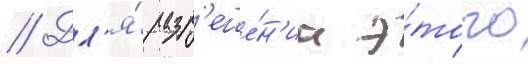
// Дл'я́ разр'еше́н'иа э́того